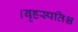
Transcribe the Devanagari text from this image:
।बृहस्पतिश्च